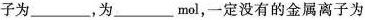
子为___，为___mol，一定没有的金属离子为